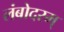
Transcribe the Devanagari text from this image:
लंबोदरम्